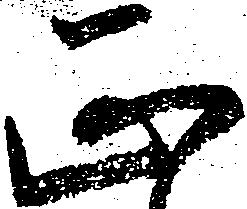
正